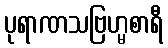
ပုရာဏသဗြဟ္မစာရီ